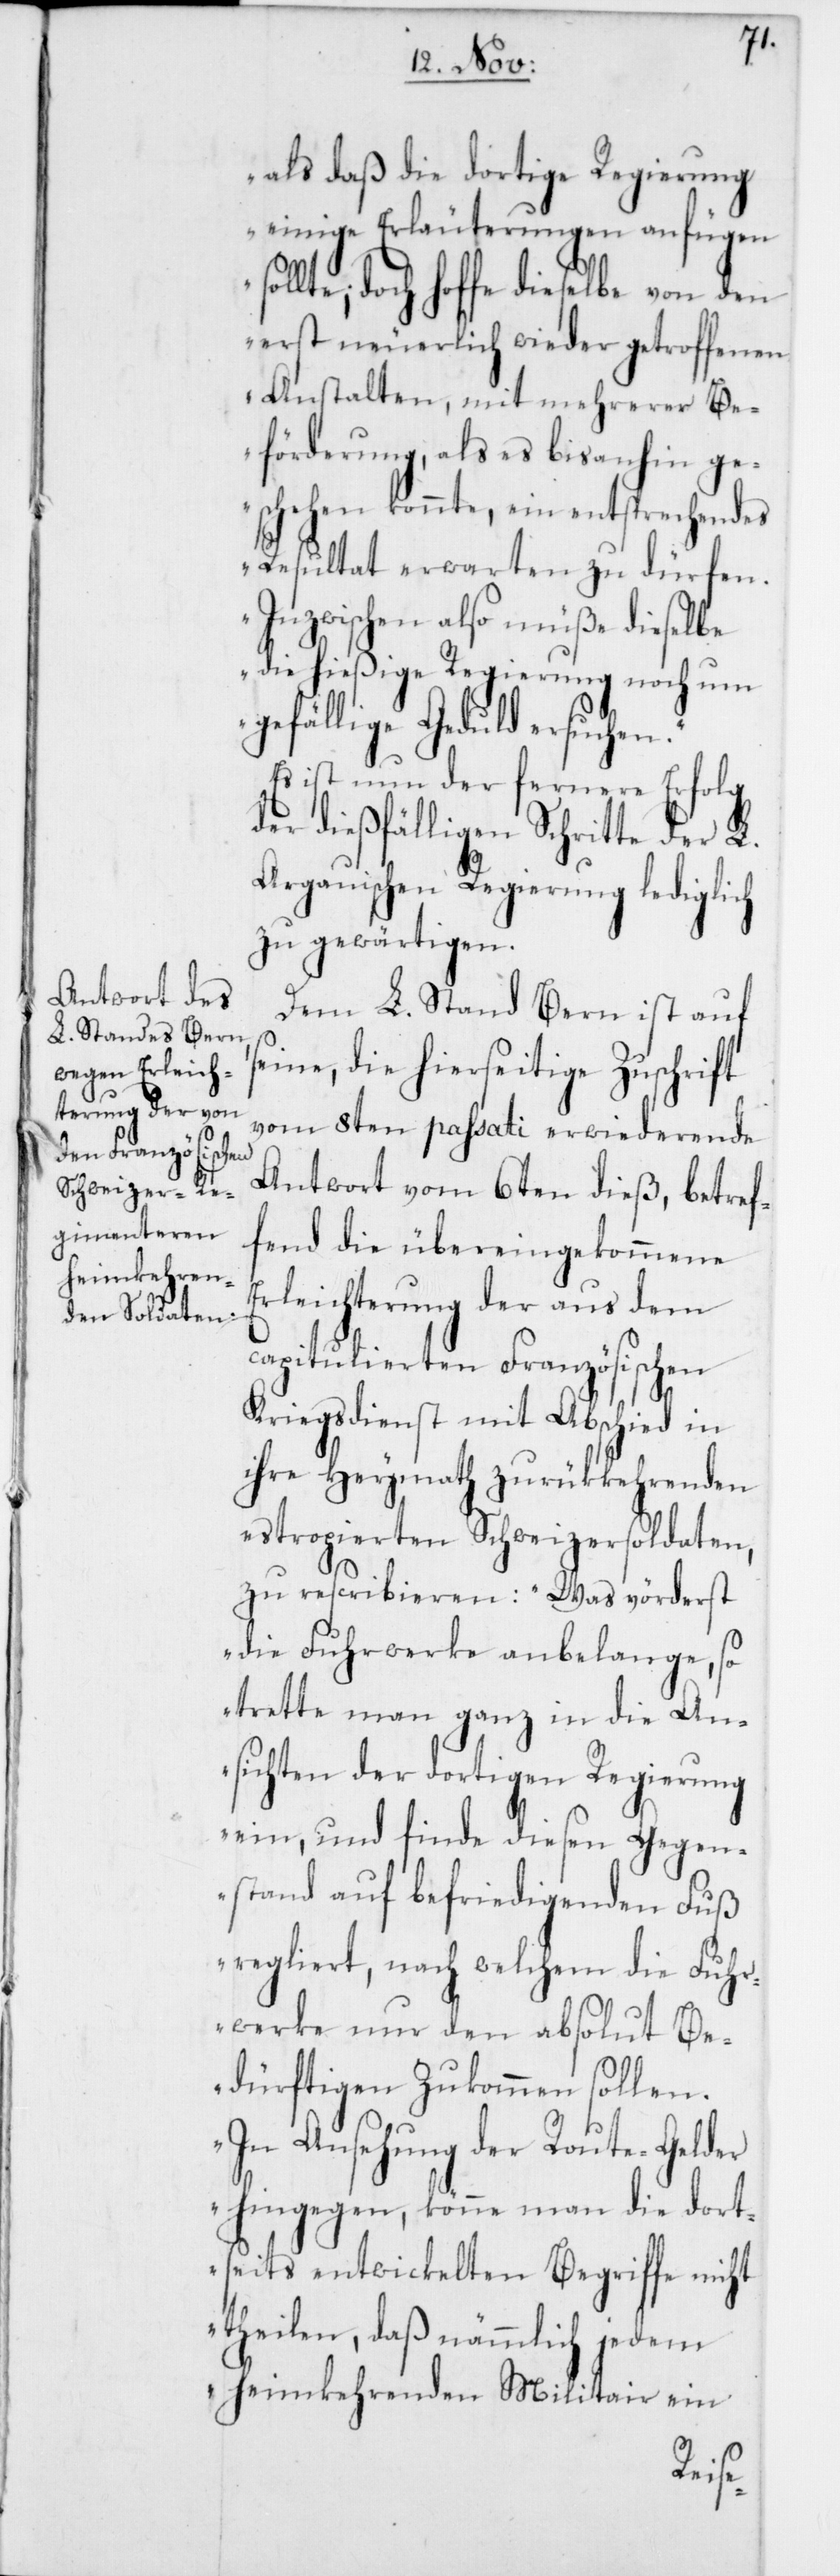
sol¬
als daß die dortige Regierung
einige Erläuterungen anfügen
lte, doch hoffe dieselbe von den
erst neuerlich wieder getroffenen
Anstalten, mit mehrerer Be¬
förderung als es bis anhin ge¬
schehen konnte, ein entsprechendes
Resultat erwarten zu dürfen.
Inzwischen also müße dieselbe
die hießige Regierung noch um
gefällige Geduld ersuchen.
Es ist nun der fernere Erfolg
der dießfälligen Schritte der L.
Argauischen Regierung lediglich
zu gewärtigen.
Dem L. Stand Bern ist auf
seine, die hierseitige Zuschrift
vom 8ten passati erwiederende
Antwort vom 6ten dieß, betref¬
fend die übereingekommene
Erleichterung der aus dem
capitulierten Französischen
Kriegsdienst mit Abschied in
ihre Heymath zurükkehrenden
estropierten Schweizersoldaten,
zu rescribieren: „Was vörderst
die Fuhrwerke anbelange, so
trette man ganz in die An¬
sichten der dortigen Regierung
ein, und finde diesen Gegen¬
stand auf befriedigenden Fuß
regliert, nach welchem die Fuhr¬
werke nur den absolut Be¬
dürftigen Zukommen [sic!]
In Ansehung der Route-Gelder
hingegen, könne man die dort¬
seits entwickelten Begriffe nicht
theilen, daß nämmlich jedem
heimkehrenden Militair ein